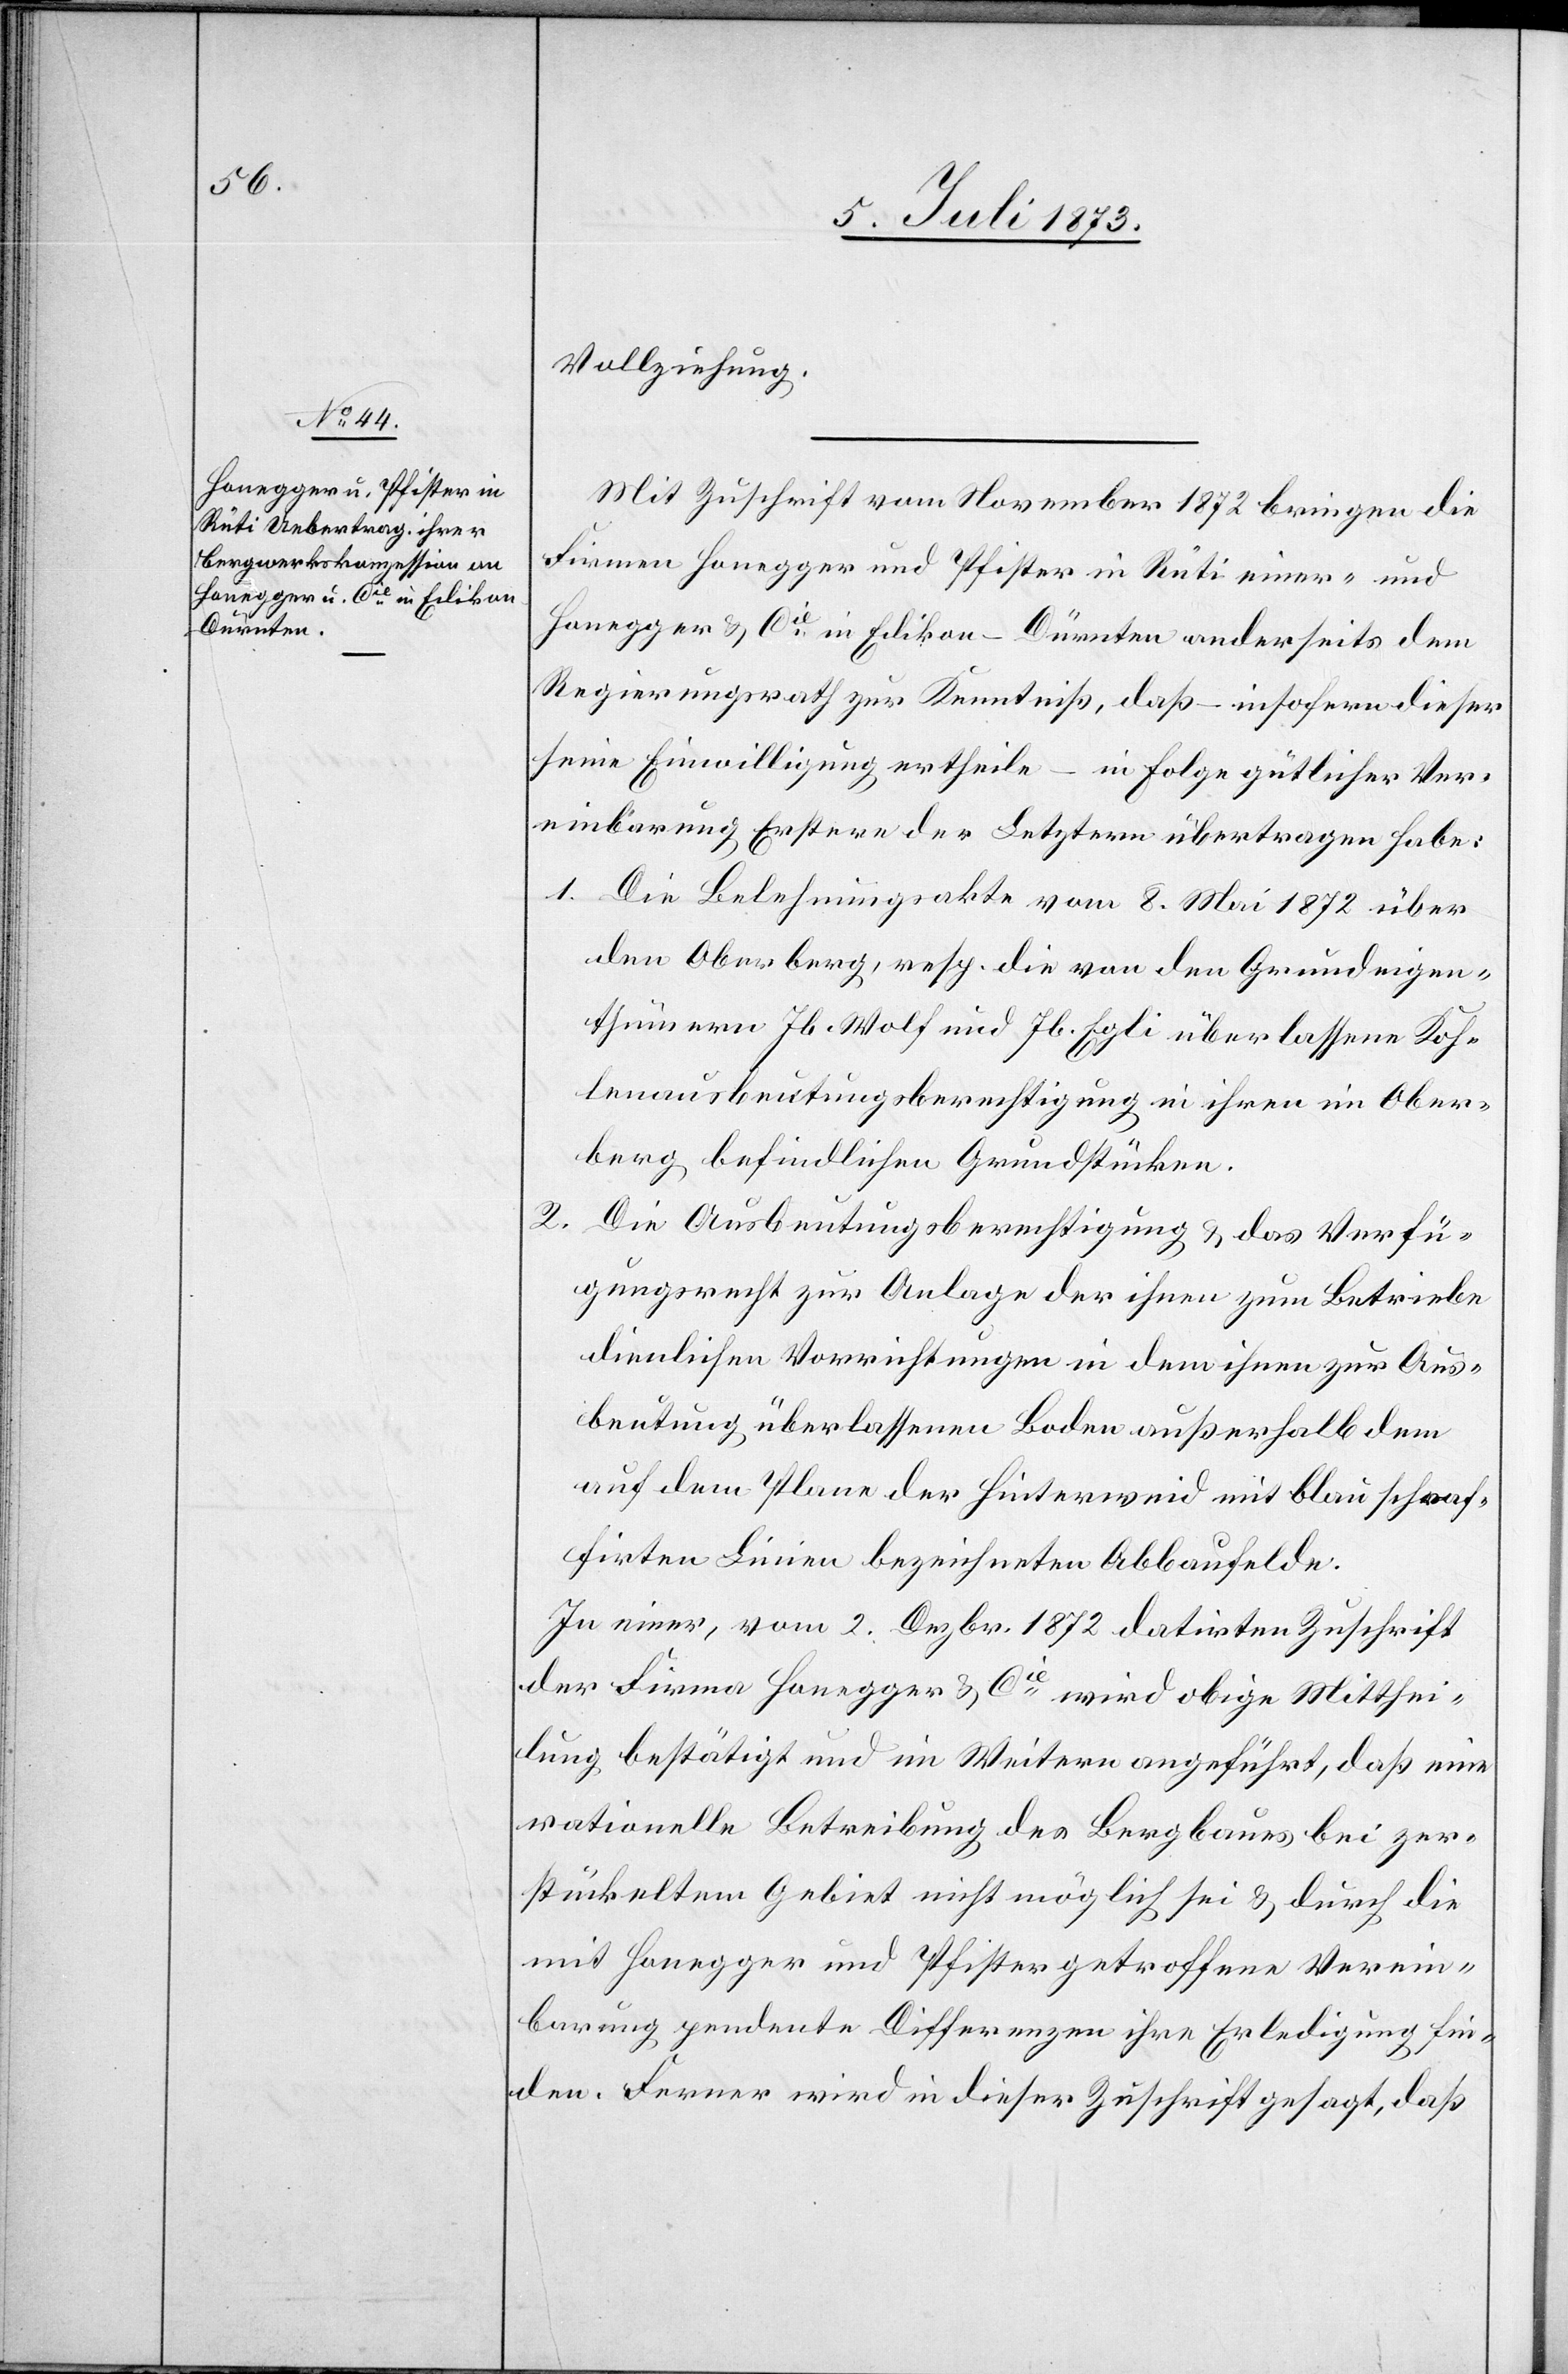
Vollziehung.
Mit Zuschrift vom November 1872 bringen die
Firmen Honegger und Pfister in Rüti einer- und
Honegger & Cie in Edikon-Dürnten anderseits dem
Regierungsrath zur Kenntniß, daß – insofern dieser
seine Einwilligung ertheile – in Folge gütlicher Ver¬
einbarung Erstere der Letztern übertragen habe:
1. Die Belehnungsakte vom 8. Mai 1872 über
den Oberberg, resp. die von den Grundeigen¬
thümern Jb. Wolf und Jb. Egli überlassene Koh¬
lenausbeutungsberechtigung in ihren im Ober¬
berg befindlichen Grundstücken.
2. Die Ausbeutungsberechtigung & das Verfü¬
gungsrecht zur Anlage der ihnen zum Betriebe
dienlichen Vorrichtungen in dem ihnen zur Aus¬
beutung überlassenen Boden außerhalb dem
auf dem Plane der Hinterweid mit blau schraf¬
firten Linien bezeichneten Abbaufelde.
In einer, vom 2. Dezbr. 1872 datirten Zuschrift
der Firma Honegger & Cie wird obige Mitthei¬
lung bestätigt und im Weitern angeführt, daß eine
rationelle Betreibung des Bergbaues bei zer¬
stückeltem Gebiet nicht möglich sei & durch die
mit Honegger und Pfister getroffene Verein¬
barung pendente Differenzen ihre Erledigung fin¬
den. Ferner wird in dieser Zuschrift gesagt, daß